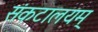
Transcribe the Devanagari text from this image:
संकटालयम्